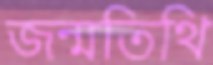
জন্মতিথি